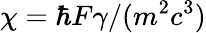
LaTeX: \chi=\hbar F\gamma/(m^{2}c^{3})